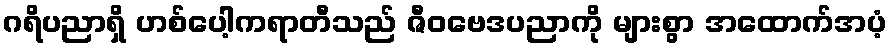
ဂရိပညာရှိ ဟစ်ပေါ့ကရာတီသည် ဇီဝဗေဒပညာကို များစွာ အထောက်အပံ့